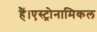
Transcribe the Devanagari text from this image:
हैं।एस्ट्रोनामिकल